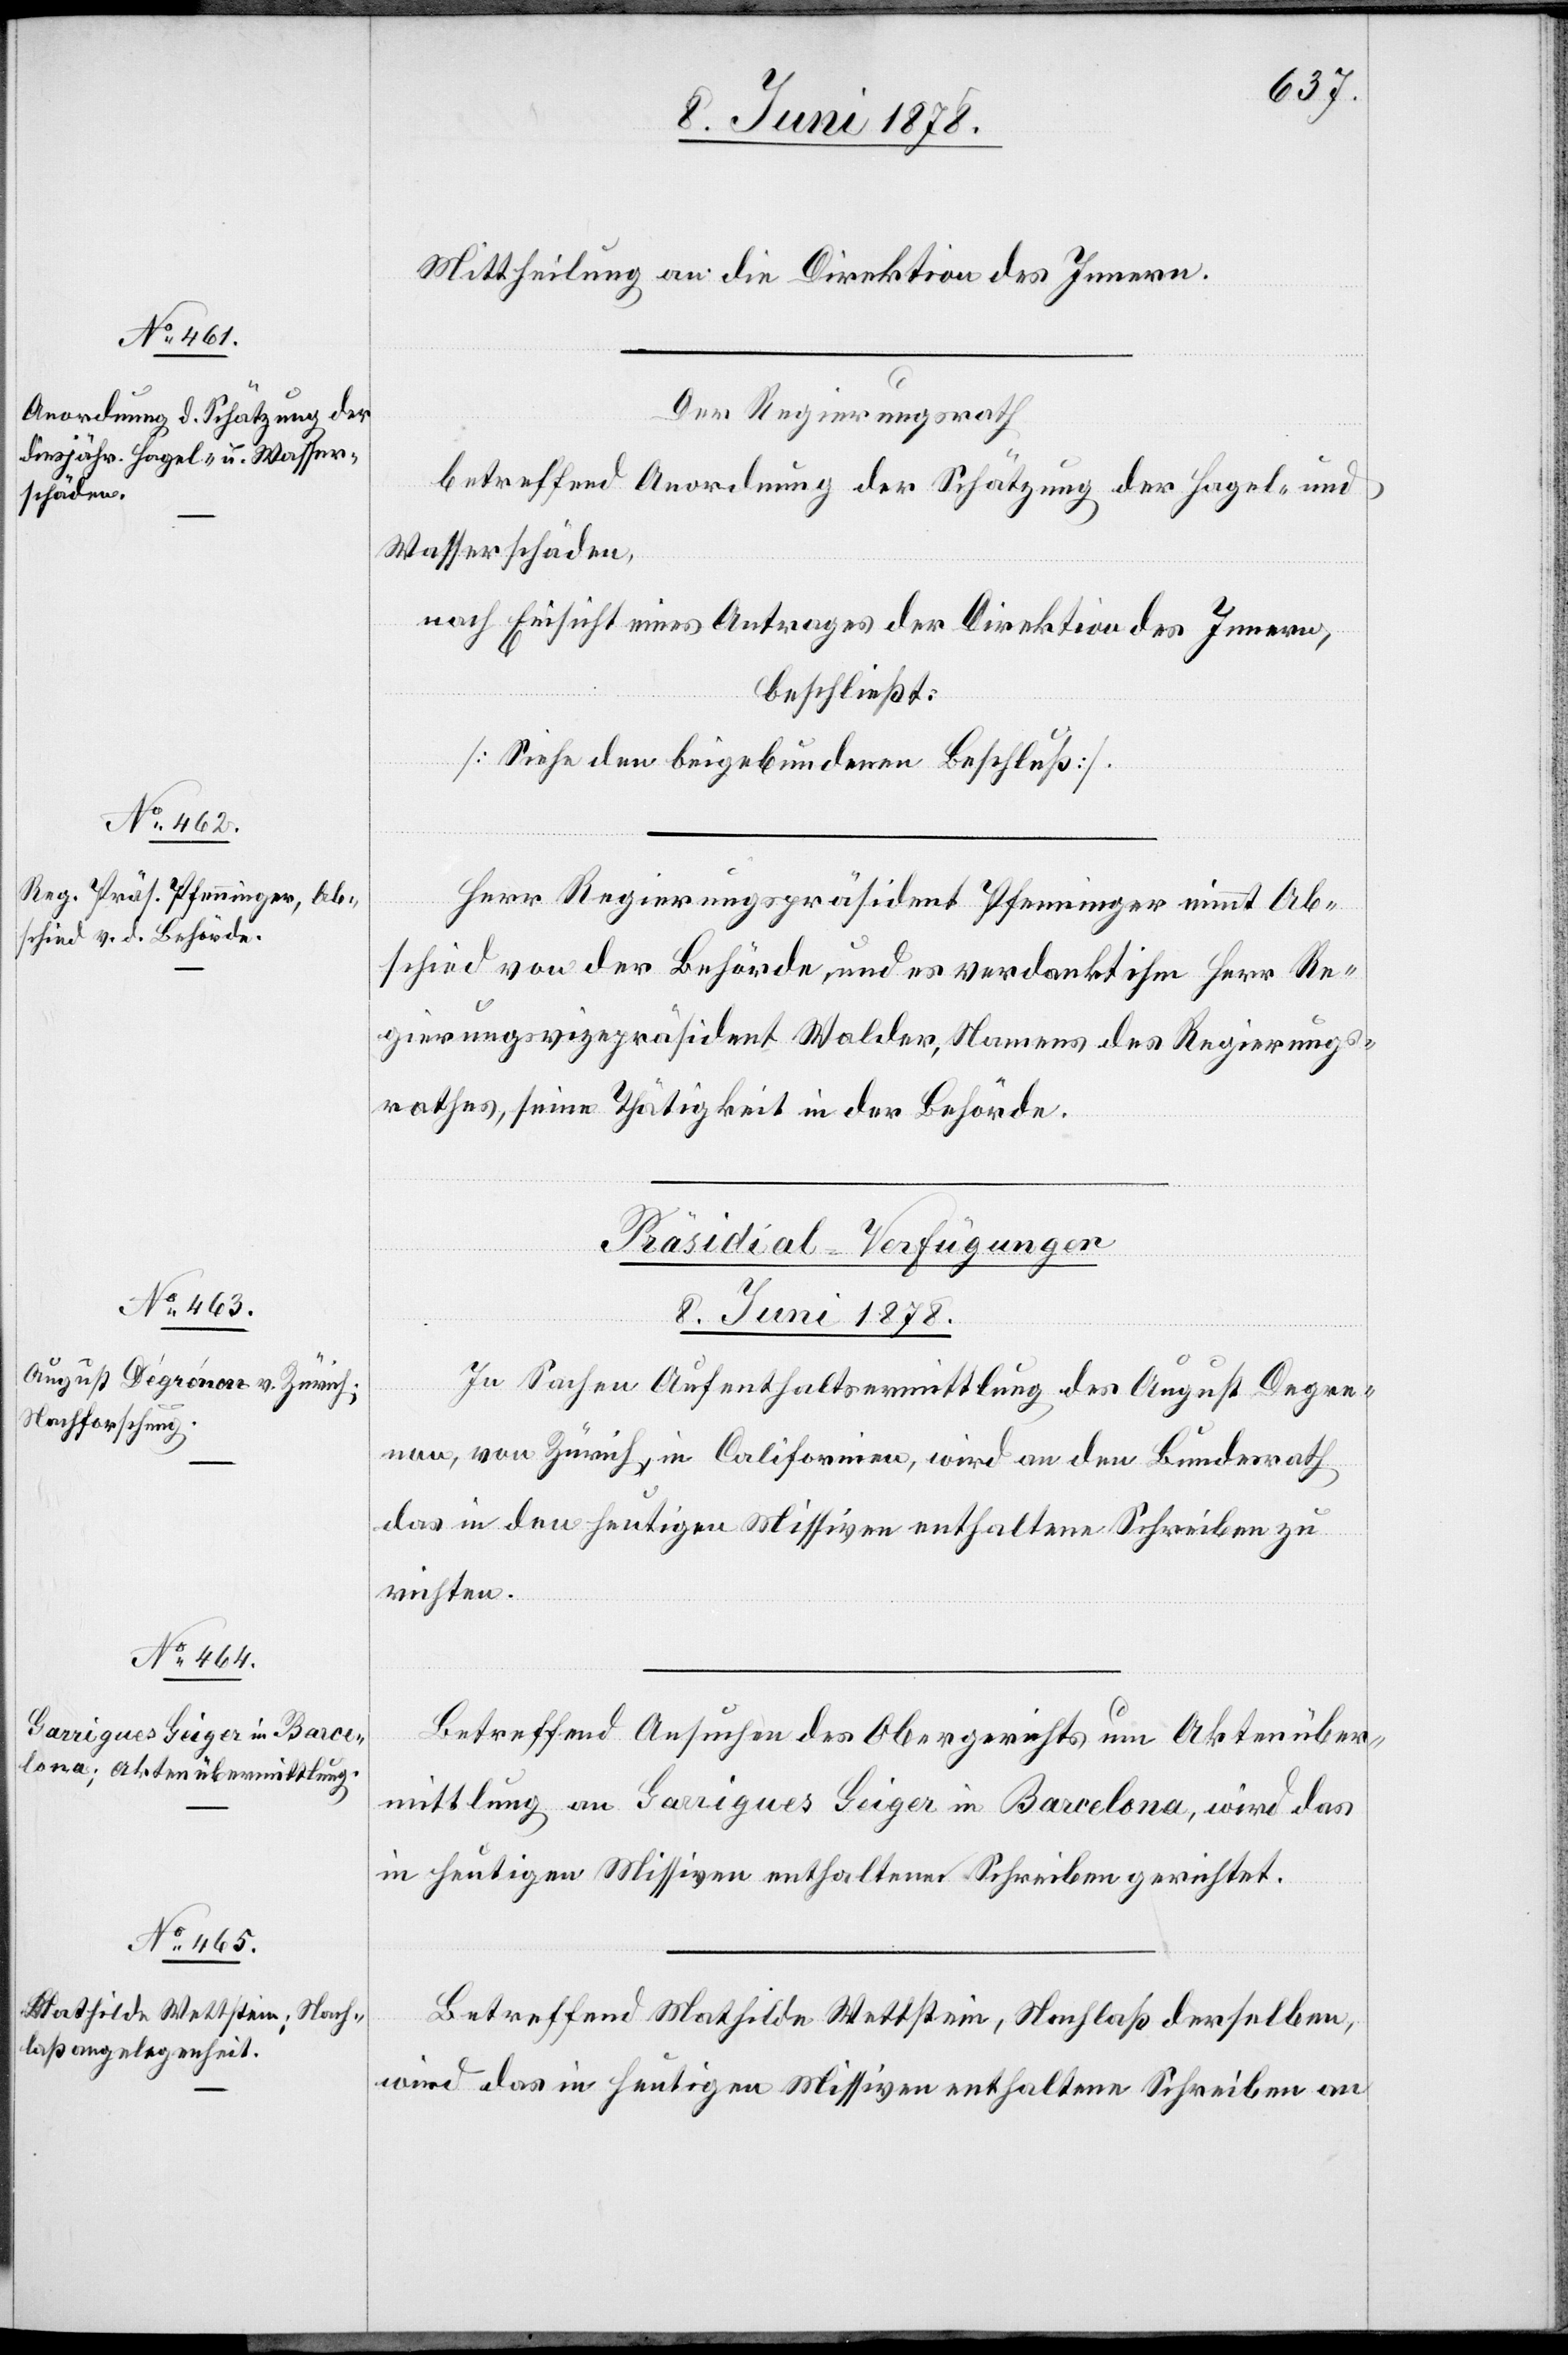
8. Juni 1878.]
Mittheilung an die Direktion des Innern.
Der Regierungsrath
betreffend Anordnung der Schätzung der Hagel- und
Wasserschäden,
nach Einsicht eines Antrages der Direktion des Innern,
beschließt:
[Siehe den beigebundenen Beschluß].
Herr Regierungspräsident Pfenninger nimmt Ab¬
schied von der Behörde, und es verdankt ihm Herr Re¬
gierungsvizepräsident Walder, Namens des Regierungs¬
rathes, seine Thätigkeit in der Behörde.
[Präsidial-Verfügungen
8. Juni 1878.
In Sachen Aufenthaltsermittlung des August Degre¬
ic!], von Zürich, in Californien, wird an den Bundesrath
das in den heutigen Missiven enthaltene Schreiben zu
richten.
Betreffend Ansuchen des Obergerichts um Aktenüber¬
mittlung an Garrigues Geiger in Barcelona, wird das
in heutigen Missiven enthaltene Schreiben gerichtet.
Betreffend Mathilde Wettstein, Nachlaß derselben,
wird das in heutigen Missiven enthaltene Schreiben an

[s¬